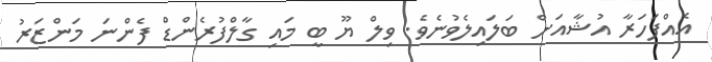
އެއްފަހަރާ އުޝާއަށް ބަލައިލެވުނެވެ. ވިލް ޔޫ ބީ މައި ގާލްފުރެންޑް ފެންނަ މަންޒަރު